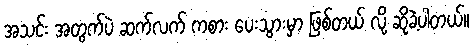
အသင်း အတွက်ပဲ ဆက်လက် ကစား ပေးသွားမှာ ဖြစ်တယ် လို့ ဆိုခဲ့ပါတယ်။